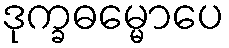
ဒုက္ခဓမ္မောပေ